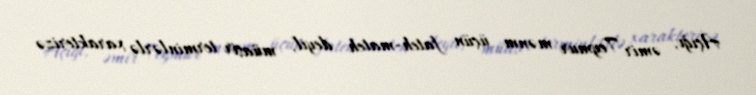
Açığı, əmir Teymur mənm üçün fateh-mateh deyil, müasir terminlərlə xarakterizə